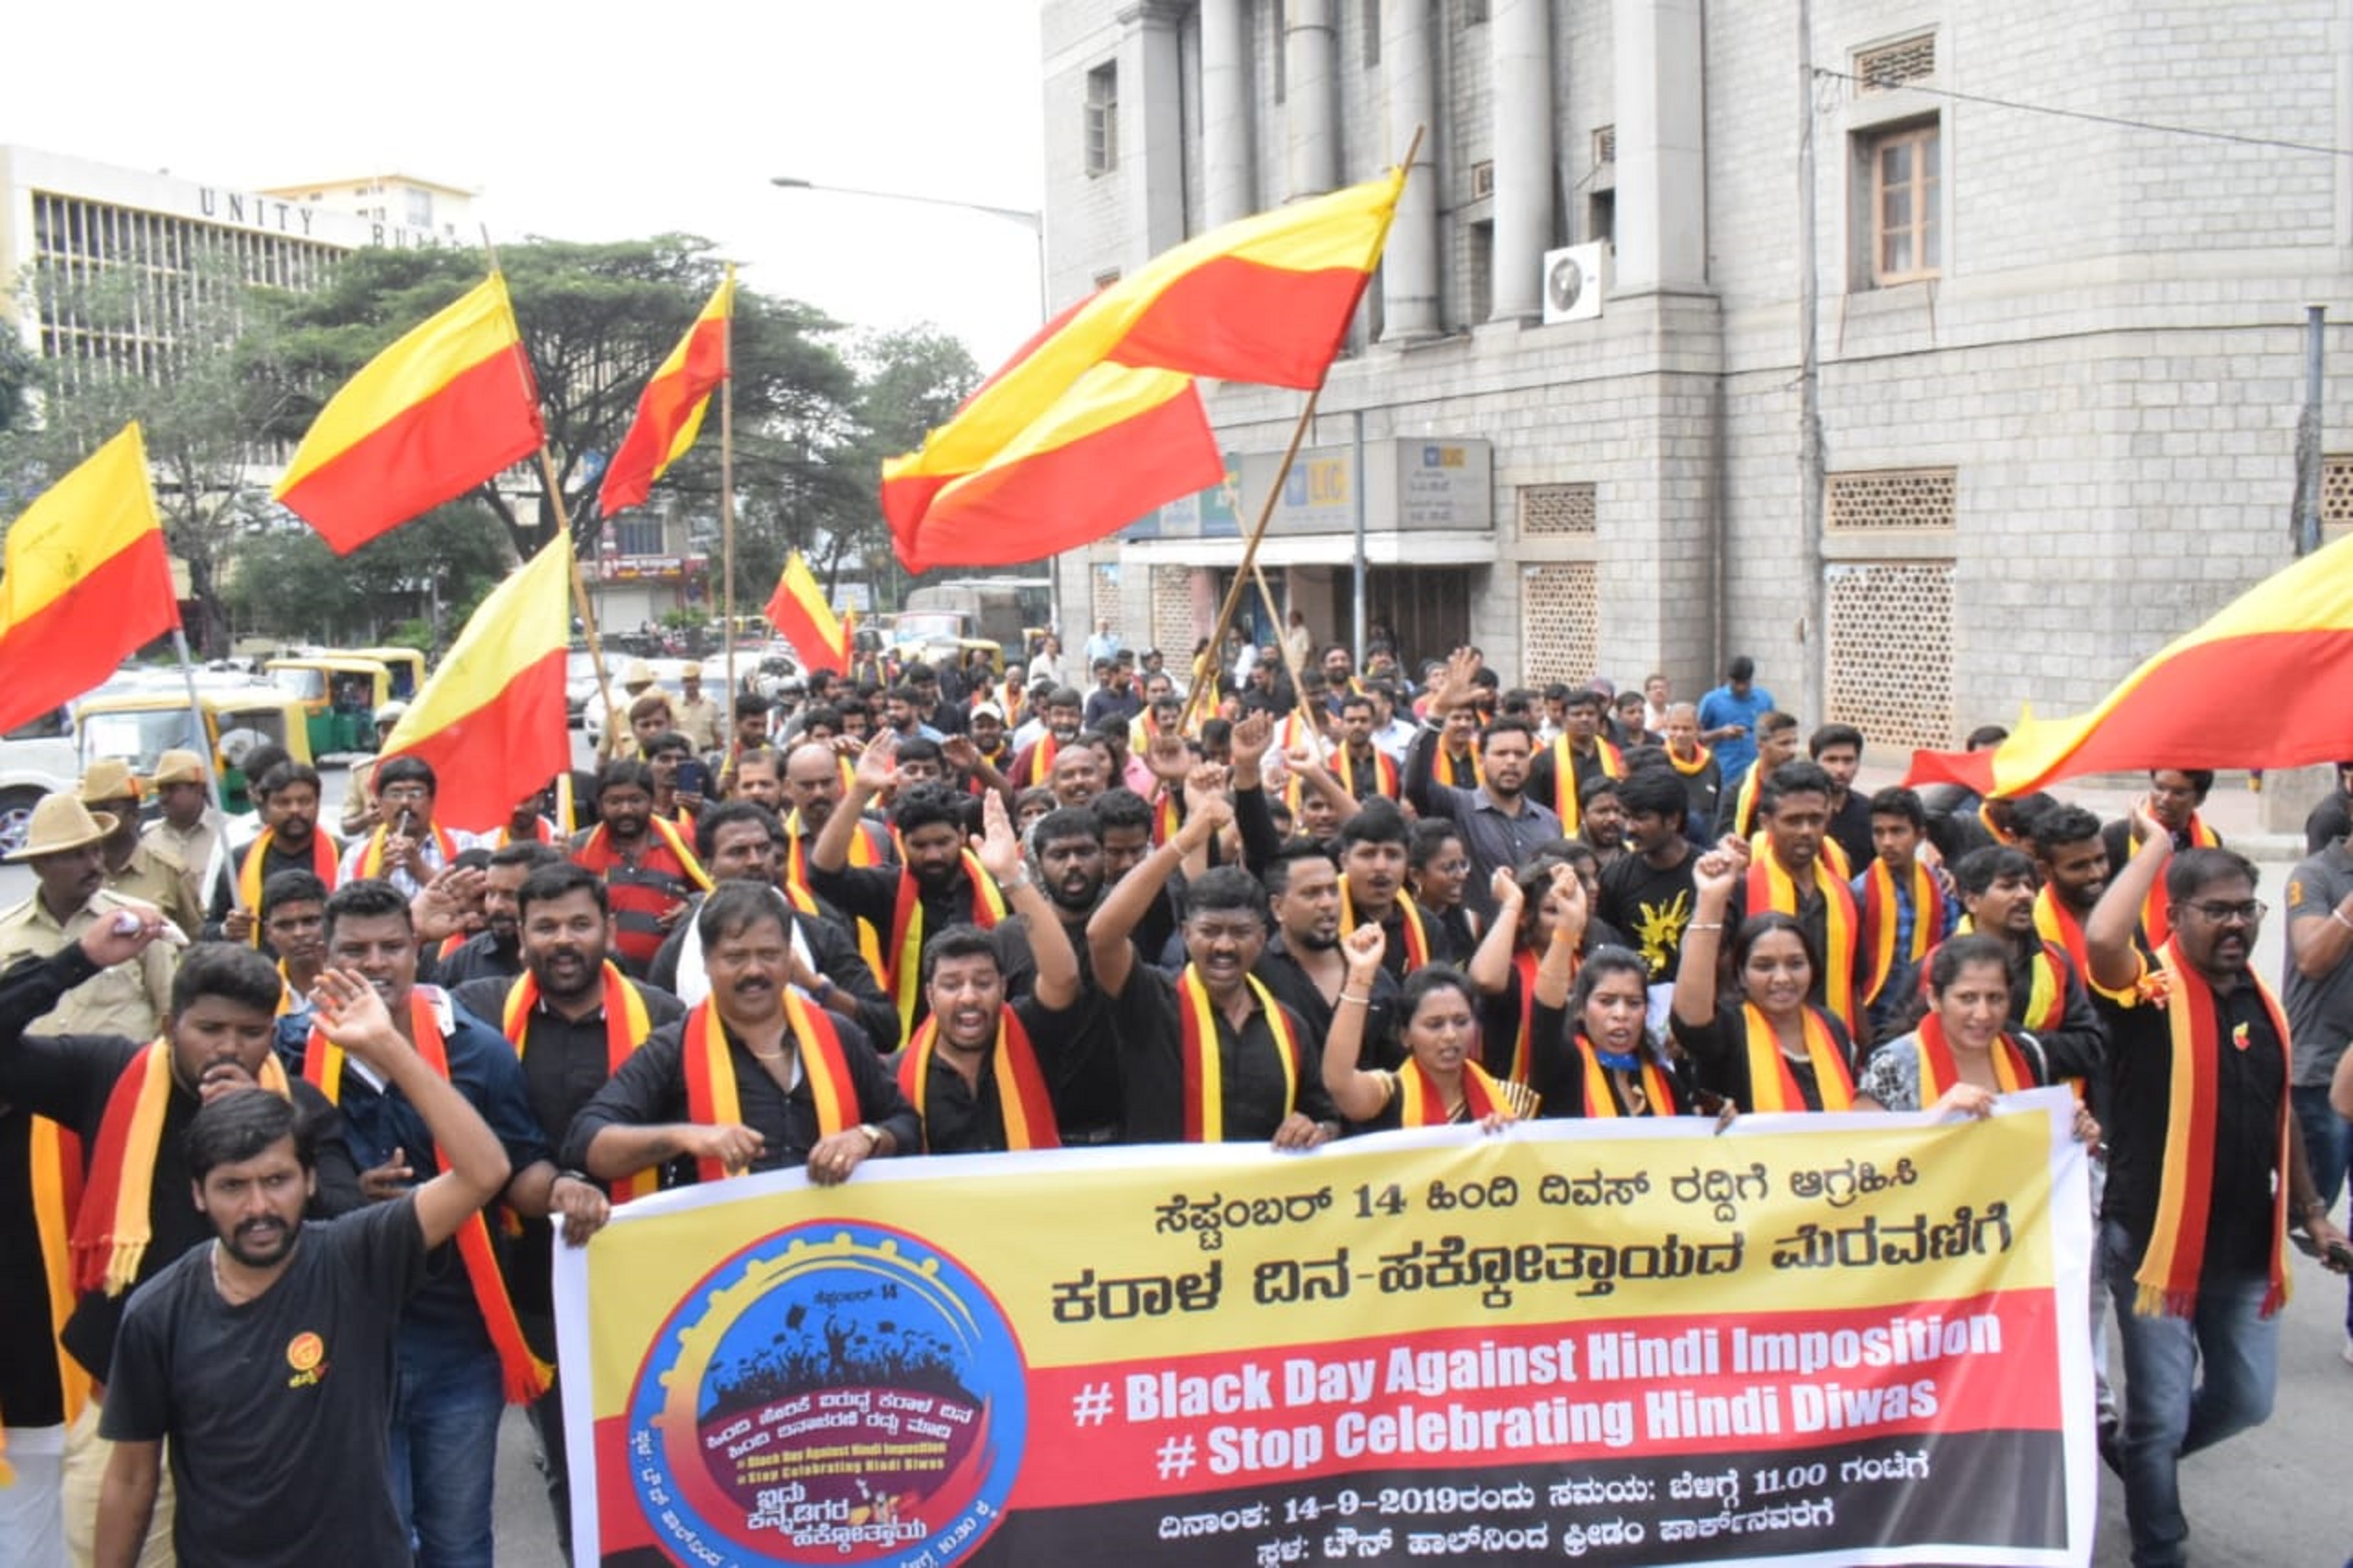
Language: kannada
Transcription: ಕರಾಳ ಆಗ್ರಹಿಸಿ ದಿವಸ್ ಸೆಪ್ಟಂಬರ್